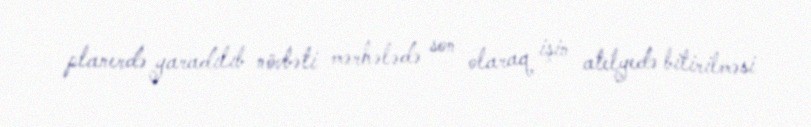
planerdə yaradılıb növbəti mərhələdə son olaraq işin atelyedə bitirilməsi